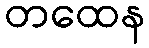
တထေန